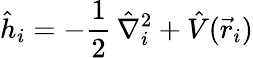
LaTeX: \hat{h}_{i}=-\frac{1}{2}\, \hat{\nabla}_{i}^{2}+\hat{V}(\vec{r}_{i})